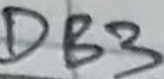
Text: DB3